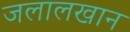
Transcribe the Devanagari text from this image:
जलालखान